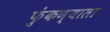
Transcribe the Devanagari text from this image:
फुंकण्याला